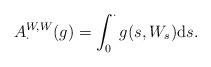
LaTeX: \begin{align*}A_\cdot^{W,W}(g) = \int_0^\cdot g(s, W_s) \mathrm ds.\end{align*}